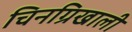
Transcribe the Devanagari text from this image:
चिनग्रिखाली